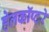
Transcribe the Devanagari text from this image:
हेलकॉप्टरे